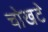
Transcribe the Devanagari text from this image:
चोखटे